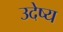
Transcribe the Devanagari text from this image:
उदेष्य